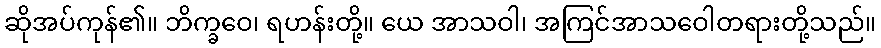
ဆိုအပ်ကုန်၏။ ဘိက္ခဝေ၊ ရဟန်းတို့။ ယေ အာသဝါ၊ အကြင်အာသဝေါတရားတို့သည်။